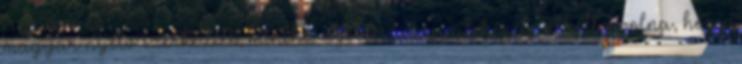
magyar nyelv szerkezete, mintha nyelvészek gyülekezete alkotta volna, hogy